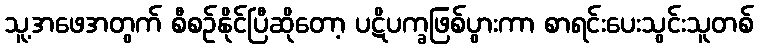
သူ့အဖေအတွက် စီစဉ်နိုင်ပြီဆိုတော့ ပဋိပက္ခဖြစ်ပွားကာ စာရင်းပေးသွင်းသူတစ်